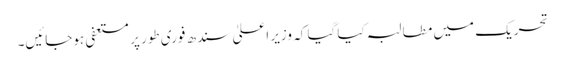
تحریک میں مطالبہ کیا گیا کہ وزیر اعلیٰ سندھ فوری طور پر مستعفی ہوجائیں۔